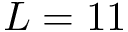
L = 1 1